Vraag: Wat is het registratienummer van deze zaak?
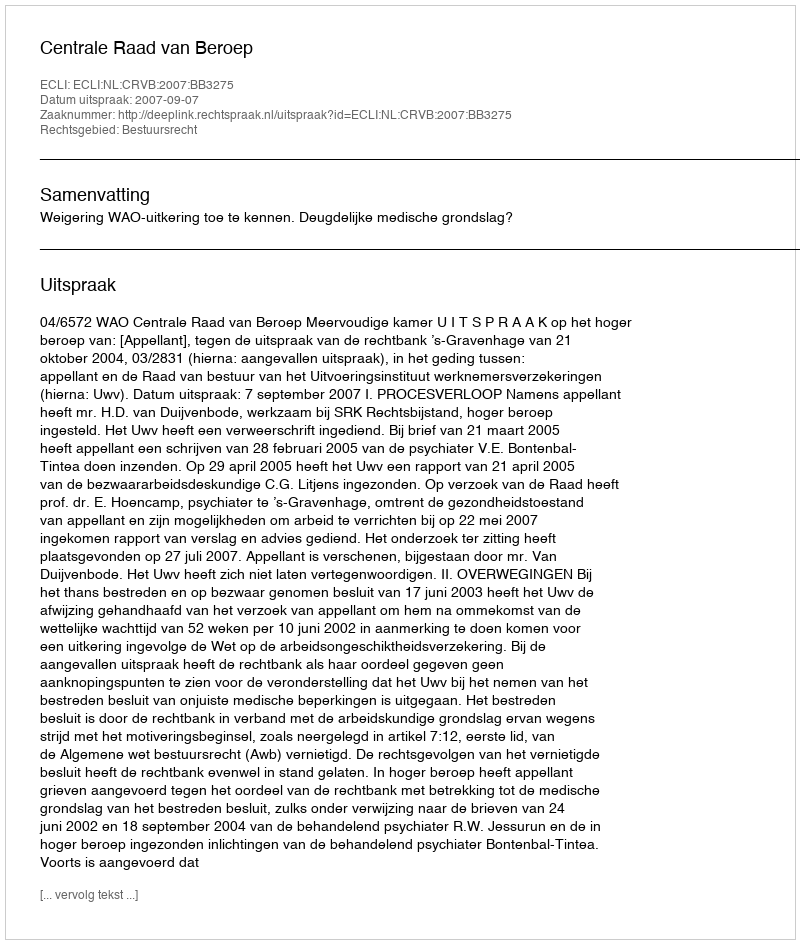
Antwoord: http://deeplink.rechtspraak.nl/uitspraak?id=ECLI:NL:CRVB:2007:BB3275